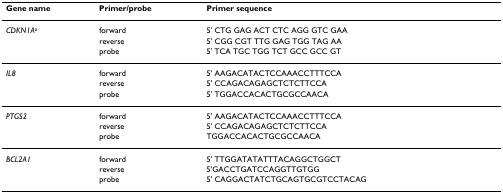
<table><thead><tr><td><b>Gene name</b></td><td><b>Primer/probe</b></td><td><b>Primer sequence</b></td></tr></thead><tbody><tr><td><i>CDKN1A</i><sup>a</sup></td><td>forward</td><td>5&#x27; CTG GAG ACT CTC AGG GTC GAA</td></tr><tr><td></td><td>reverse</td><td>5&#x27; CGG CGT TTG GAG TGG TAG AA</td></tr><tr><td></td><td>probe</td><td>5&#x27; TCA TGC TGG TCT GCC GCC GT</td></tr><tr><td><i>IL8</i></td><td>forward</td><td>5&#x27; AAGACATACTCCAAACCTTTCCA</td></tr><tr><td></td><td>reverse</td><td>5&#x27; CCAGACAGAGCTCTCTTCCA</td></tr><tr><td></td><td>probe</td><td>5&#x27; TGGACCACACTGCGCCAACA</td></tr><tr><td><i>PTGS2</i></td><td>forward</td><td>5&#x27; AAGACATACTCCAAACCTTTCCA</td></tr><tr><td></td><td>reverse</td><td>5&#x27; CCAGACAGAGCTCTCTTCCA</td></tr><tr><td></td><td>probe</td><td>TGGACCACACTGCGCCAACA</td></tr><tr><td><i>BCL2A1</i></td><td>forward</td><td>5&#x27; TTGGATATATTTACAGGCTGGCT</td></tr><tr><td></td><td>reverse</td><td>5&#x27;GACCTGATCCAGGTTGTGG</td></tr><tr><td></td><td>probe</td><td>5&#x27; CAGGACTATCTGCAGTGCGTCCTACAG</td></tr></tbody></table>